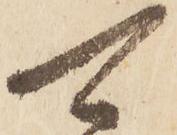
可